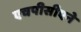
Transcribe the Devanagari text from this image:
एचपीसीएने